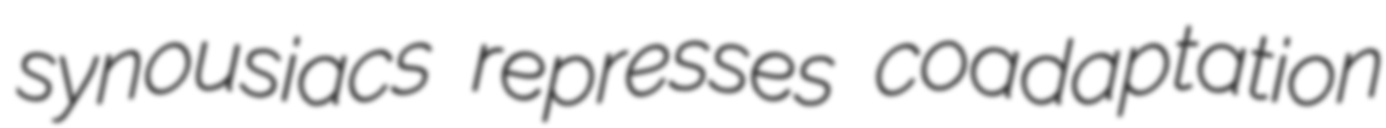
synousiacs represses coadaptation